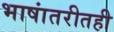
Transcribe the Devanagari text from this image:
भाषांतरीतही